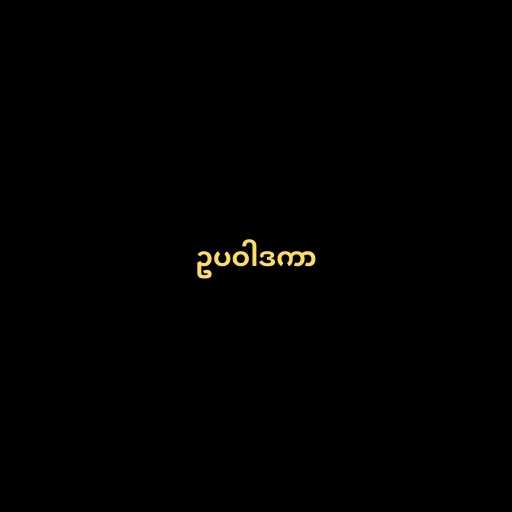
ဥပဝါဒကာ